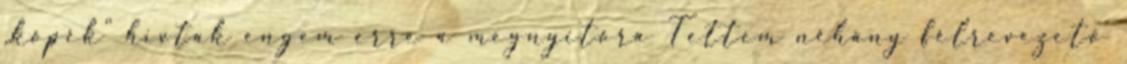
„kópék” hívtak engem erre a megnyitóra Tettem néhány félrevezető